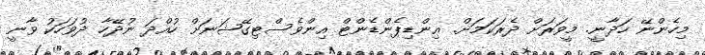
މިހެންނޭ ހަދާނީ. މީވަރަށް ދެރަކަމަށް. ޢިންޑިޕެންޑެންޓް އިންވެސްޓިގޭޝަނަށް ހުއްދަ ނުދޭހާ ދުވަހަކު ވާނީ